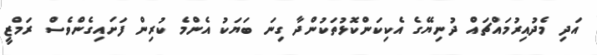
އަދި މެދުއިރުމައްޗައް ދުނިޔޭގެ އެކިކަންކޮޅުތަކުންދާ ގިނަ ބަޔަކު އެންމެ ކުރިން ފަށައިގެންވެސް ރަމްޒީ